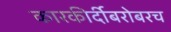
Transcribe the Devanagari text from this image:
कारकीर्दीबरोबरच